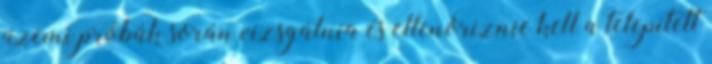
üzemi próbák során vizsgálnia és ellenõriznie kell a telepített